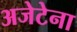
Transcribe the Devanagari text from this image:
अजेटेना